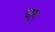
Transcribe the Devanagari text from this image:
जुग्